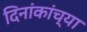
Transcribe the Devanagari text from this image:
दिनांकांच्या